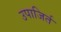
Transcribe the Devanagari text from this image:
उपाजिर्त